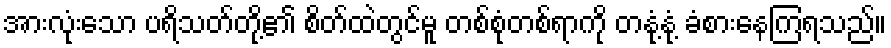
အားလုံးသော ပရိသတ်တို့၏ စိတ်ထဲတွင်မူ တစ်စုံတစ်ရာကို တနုံ့နုံ့ ခံစားနေကြရသည်။